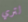
لتري